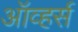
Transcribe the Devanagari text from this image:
ऑव्हर्स